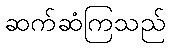
ဆက်ဆံကြသည်